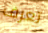
تعرف